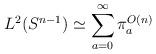
LaTeX: \begin{align*} L^2(S^{n-1}) \simeq \sum_{a=0}^\infty \pi^{O(n)}_a\end{align*}